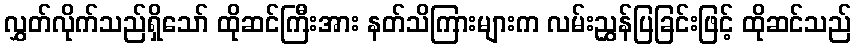
လွှတ်လိုက်သည်ရှိသော် ထိုဆင်ကြီးအား နတ်သိကြားများက လမ်းညွှန်ပြခြင်းဖြင့် ထိုဆင်သည်